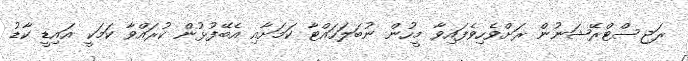
ރަޖިސްޓްރޭޝަނުން ރަށްވެހިވެފައިވާ މީހުން ނުބަލަހައްޓާ ކަމަށާއި އެބޭފުޅުން ކުރައްވާ ކަމަކީ އައިޑީ ކާޑު